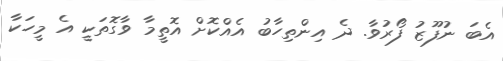
އެބަ ނުފޫޒު ފޯރުވާ. ދެ އިންތިހާބު އެއްކޮށް އޮތީމާ ވާގޮތަކީ އެ މީހަކާ